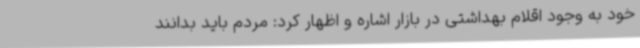
خود به وجود اقلام بهداشتی در بازار اشاره و اظهار کرد: مردم باید بدانند